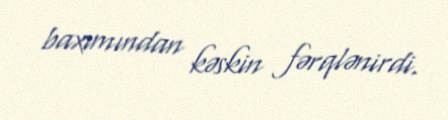
baxımından kəskin fərqlənirdi.